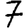
Digit: 7